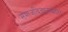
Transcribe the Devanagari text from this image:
समाजविज्ञानकोश